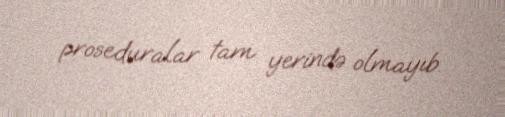
proseduralar tam yerində olmayıb.